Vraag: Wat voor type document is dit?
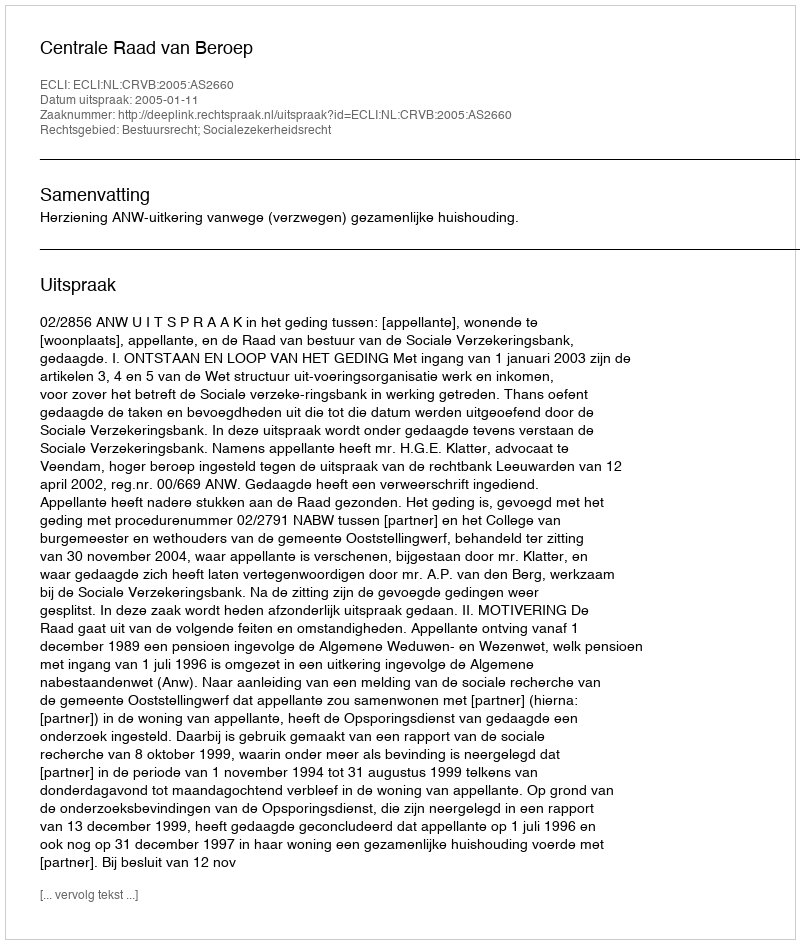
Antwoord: Uitspraak